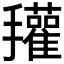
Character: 𰔽